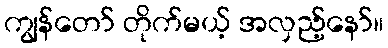
ကျွန်တော် တိုက်မယ့် အလှည့်နော်။